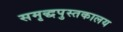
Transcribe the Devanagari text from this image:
समृद्धपुस्तकालय